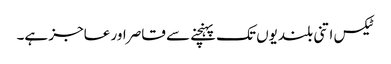
ٹیکس اتنی بلندیوں تک پہنچنے سے قاصر اور عاجز ہے۔